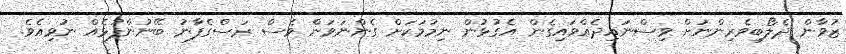
ޒުވާން ދެލޯބިވެރިންނަށް ވިސްނައިދެއްވައިގެން އެގުޅުން ނިމުމަކަށް ގެންނަވަން ވެސް ރަސްގެފާނު ބޭނުންފުޅެއް ނުވިއެވެ.